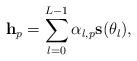
LaTeX: \begin{align*}\mathbf{h}_p=\sum_{l=0}^{L-1}\alpha_{l,p} \mathbf{s}(\theta_{l}),\end{align*}